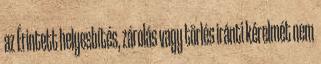
az Érintett helyesbítés, zárolás vagy törlés iránti kérelmét nem